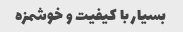
بسیار با کیفیت و خوشمزه